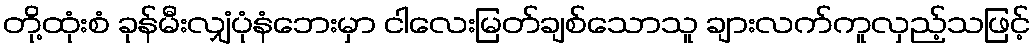
တို့ထုံးစံ ခုန်မီးလျှံပုံနံဘေးမှာ ငါလေးမြတ်ချစ်သောသူ ချားလက်ကူလှည့်သဖြင့်